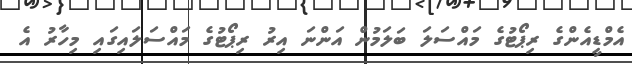
އެމްޑީއެންގެ ރިޕޯޓުގެ މައްސަލަ ބަލަމުން އަންނަ އިރު ރިޕޯޓުގެ މައްސަލައިގައި މިހާރު އެ